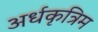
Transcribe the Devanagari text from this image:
अर्धकृत्रिम